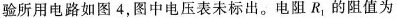
验所用电路如图4，图中电压表未标出。电阻R，的阻值为30、